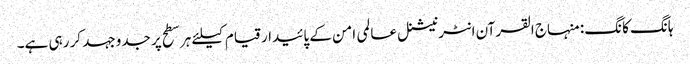
ہانگ کانگ: منہاج القرآن انٹرنیشنل عالمی امن کے پائیدار قیام کیلئے ہر سطح پر جدوجہد کر رہی ہے۔